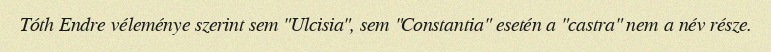
Tóth Endre véleménye szerint sem "Ulcisia", sem "Constantia" esetén a "castra" nem a név része.